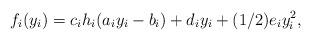
LaTeX: \begin{align*}f_i(y_i) = c_i h_i(a_iy_i - b_i) + d_iy_i + (1/2)e_iy_i^2,\end{align*}